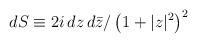
LaTeX: \begin{align*}dS \equiv 2i \, dz \, d\bar{z}/\left( 1 + |z|^2 \right)^2\end{align*}